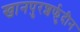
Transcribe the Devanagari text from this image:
खानपुरशर्फुदीन